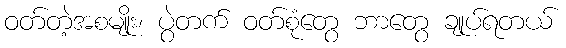
ဝတ်တဲ့အစမျိုး၊ ပွဲတက် ဝတ်စုံတွေ ဘာတွေ ချုပ်ရတယ်